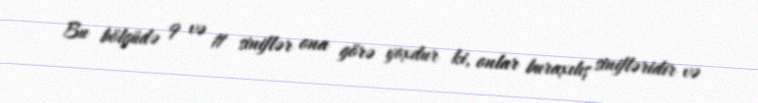
Bu bölgüdə 9 və 11 siniflər ona görə yoxdur ki, onlar buraxılış sinifləridir və